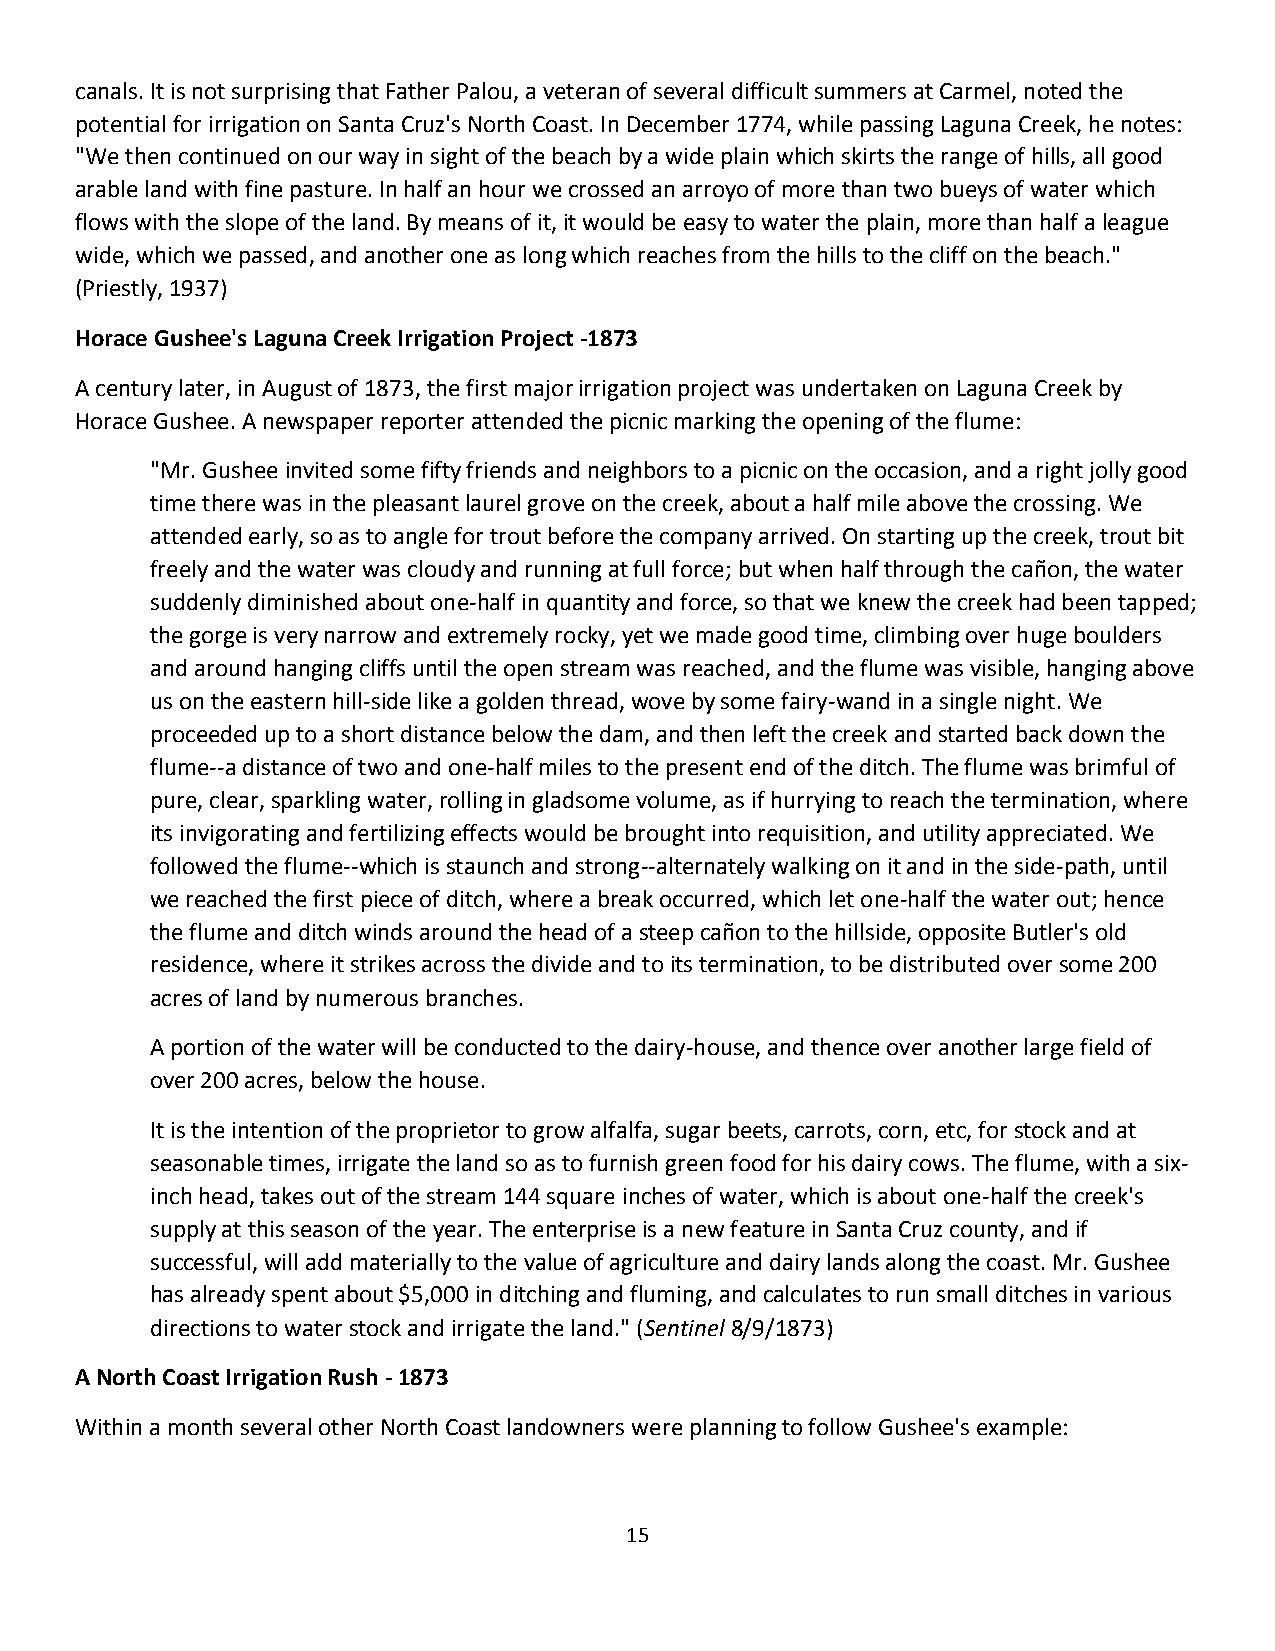
canals. It is not surprising that Father Palou, a veteran of several difficult summers at Carmel, noted the
 potential for irrigation on Santa Cruz's North Coast. In December 1774, while passing Laguna Creek, he notes:
 "We then continued on our way in sight of the beach by a wide plain which skirts the range of hills, all good
 arable land with fine pasture. In half an hour we crossed an arroyo of more than two bueys of water which
 flows with the slope of the land. By means of it, it would be easy to water the plain, more than half a league
 wide, which we passed, and another one as long which reaches from the hills to the cliff on the beach."
 (Priestly, 1937)
 Horace Gushee's Laguna Creek Irrigation Project -1873
 A century later, in August of 1873, the first major irrigation project was undertaken on Laguna Creek by
 Horace Gushee. A newspaper reporter attended the picnic marking the opening of the flume:
 "Mr. Gushee invited some fifty friends and neighbors to a picnic on the occasion, and a right jolly good
 time there was in the pleasant laurel grove on the creek, about a half mile above the crossing. We
 attended early, so as to angle for trout before the company arrived. On starting up the creek, trout bit
 freely and the water was cloudy and running at full force; but when half through the cañon, the water
 suddenly diminished about one-half in quantity and force, so that we knew the creek had been tapped;
 the gorge is very narrow and extremely rocky, yet we made good time, climbing over huge boulders
 and around hanging cliffs until the open stream was reached, and the flume was visible, hanging above
 us on the eastern hill-side like a golden thread, wove by some fairy-wand in a single night. We
 proceeded up to a short distance below the dam, and then left the creek and started back down the
 flume--a distance of two and one-half miles to the present end of the ditch. The flume was brimful of
 pure, clear, sparkling water, rolling in gladsome volume, as if hurrying to reach the termination, where
 its invigorating and fertilizing effects would be brought into requisition, and utility appreciated. We
 followed the flume--which is staunch and strong--alternately walking on it and in the side-path, until
 we reached the first piece of ditch, where a break occurred, which let one-half the water out; hence
 the flume and ditch winds around the head of a steep cañon to the hillside, opposite Butler's old
 residence, where it strikes across the divide and to its termination, to be distributed over some 200
 acres of land by numerous branches.
 A portion of the water will be conducted to the dairy-house, and thence over another large field of
 over 200 acres, below the house.
 It is the intention of the proprietor to grow alfalfa, sugar beets, carrots, corn, etc, for stock and at
 seasonable times, irrigate the land so as to furnish green food for his dairy cows. The flume, with a six-
 inch head, takes out of the stream 144 square inches of water, which is about one-half the creek's
 supply at this season of the year. The enterprise is a new feature in Santa Cruz county, and if
 successful, will add materially to the value of agriculture and dairy lands along the coast. Mr. Gushee
 has already spent about $5,000 in ditching and fluming, and calculates to run small ditches in various
 directions to water stock and irrigate the land." (Sentinel 8/9/1873)
 A North Coast Irrigation Rush - 1873
 Within a month several other North Coast landowners were planning to follow Gushee's example:
 15